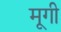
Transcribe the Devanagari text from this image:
मूगी